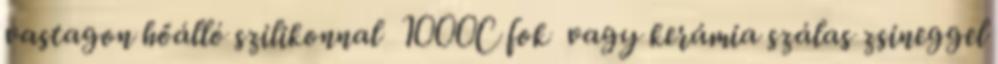
vastagon hőálló szilikonnal 1000C fok vagy kerámia szálas zsineggel